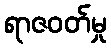
ရာဇဝတ်မှု